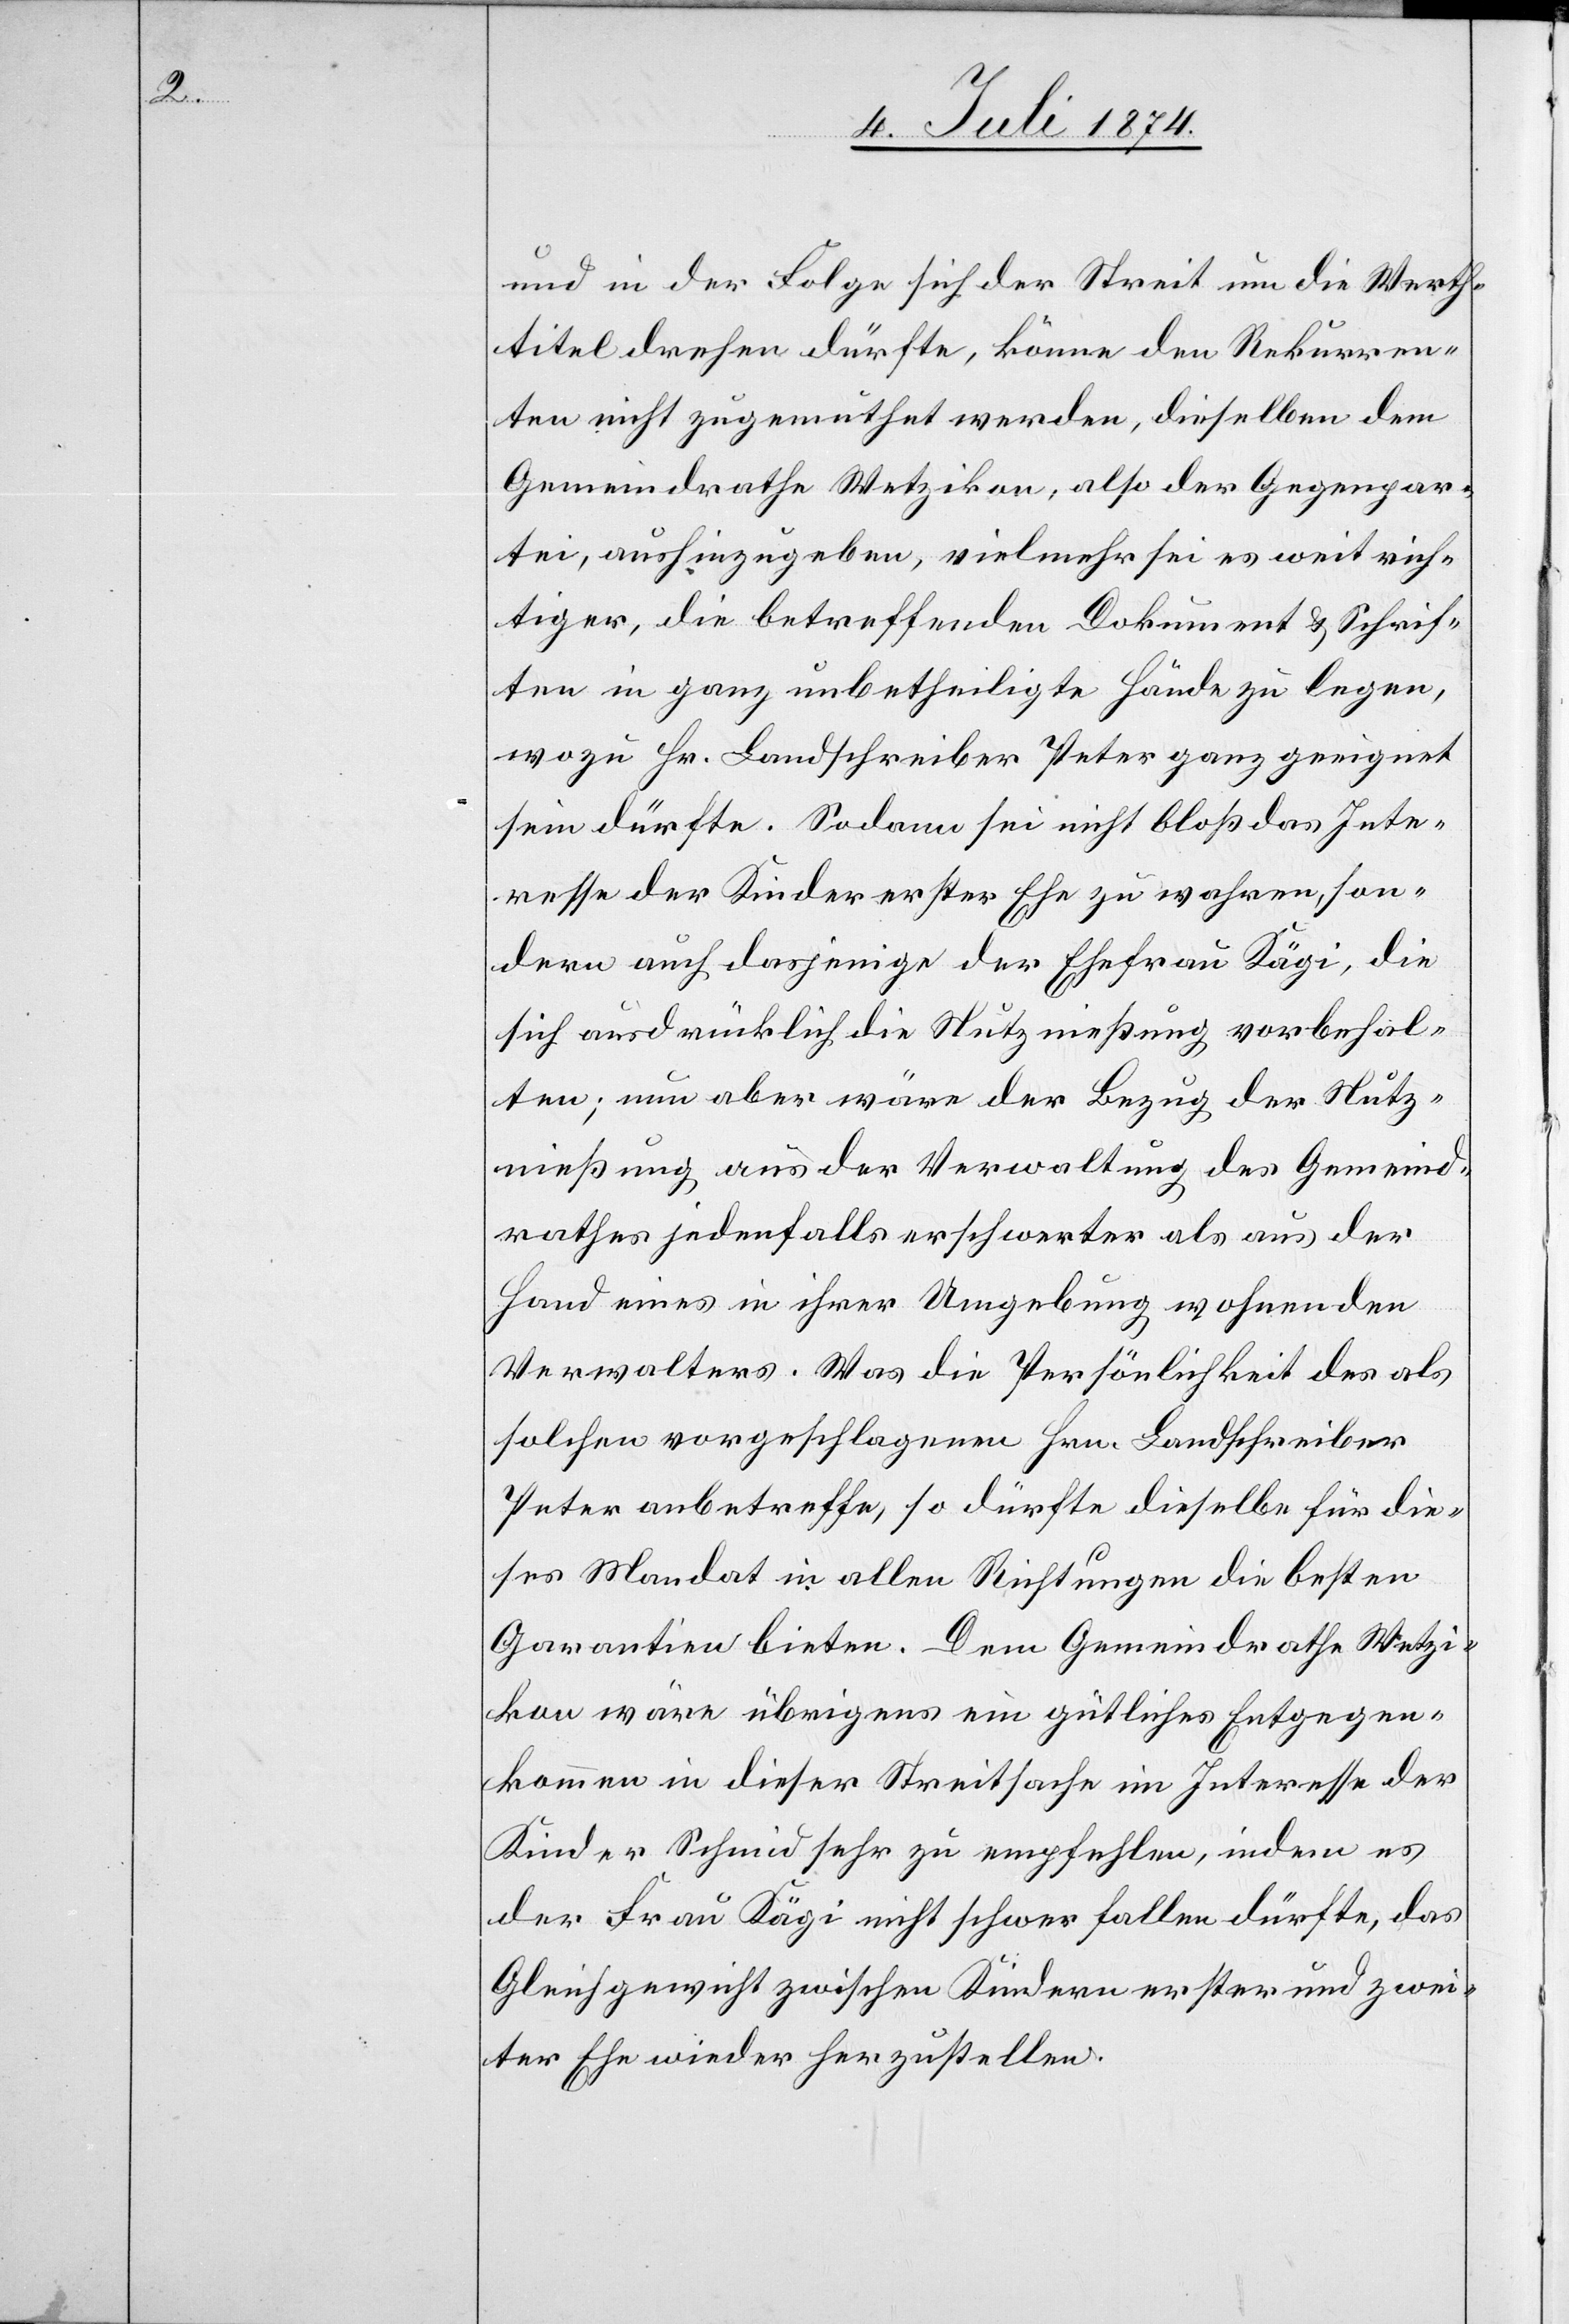
ellen.

[sic!] in der Folge sich der Streit um die Werth¬
titel drehen dürfe, könne den Rekurren¬
ten nicht zugemuthet werden, dieselben dem
Gemeindrathe Wetzikon, also der Gegenpar¬
tei, aushinzugeben, vielmehr sei es weit rich¬
tiger, die betreffenden Dokumente u. Schrif¬
ten in ganz unbetheiligte Hände zu legen,
wozu Hr. Landschreiber Peter ganz geeignet
sein dürfte. Sodann sei nicht bloß das Inte¬
resse der Kinder erster Ehe zu wahren, son¬
dern auch dasjenige der Ehefrau Kägi, die
sich ausdrücklich die Nutznießung vorbehal¬
ten; nun aber wäre der Bezug der Nutz¬
nießung aus der Verwaltung des Gemeind¬
rathes jedenfalls erschwerter als aus der
Hand eines in ihrer Umgebung wohnenden
Verwalters. Was die Persönlichkeit des als
solchen vorgeschlagenen Hrn. Landschreiber
Peter anbetreffe, so dürfte dieselbe für die¬
ses Mandat in allen Richtungen die besten
Garantien bieten. Dem Gemeindrathe Wetzi¬
kon wäre übrigens ein gütliches Entgegen¬
kommen in dieser Streitsache im Interesse der
Kinder Schmid sehr zu empfehlen, indem es
der Frau Kägi nicht schwer fallen dürfte, das
Gleichgewicht zwischen Kindern erster und zwei¬